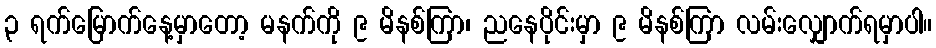
၃ ရက်မြောက်နေ့မှာတော့ မနက်ကို ၉ မိနစ်ကြာ၊ ညနေပိုင်းမှာ ၉ မိနစ်ကြာ လမ်းလျှောက်ရမှာပါ။